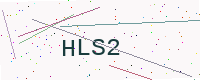
Text: HLS2